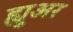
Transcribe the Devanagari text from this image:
ह्यू्अर